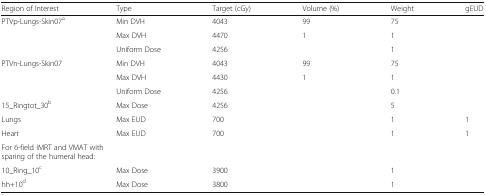
<table><thead><tr><td><b>Region of Interest</b></td><td><b>Type</b></td><td><b>Target (cGy)</b></td><td><b>Volume (%)</b></td><td><b>Weight</b></td><td><b>gEUD</b></td></tr></thead><tbody><tr><td rowspan="3">PTVp-Lungs-Skin07<sup>a</sup></td><td>Min DVH</td><td>4043</td><td>99</td><td>75</td><td></td></tr><tr><td>Max DVH</td><td>4470</td><td>1</td><td>1</td><td></td></tr><tr><td>Uniform Dose</td><td>4256</td><td></td><td>1</td><td></td></tr><tr><td rowspan="3">PTVn-Lungs-Skin07</td><td>Min DVH</td><td>4043</td><td>99</td><td>75</td><td></td></tr><tr><td>Max DVH</td><td>4430</td><td>1</td><td>1</td><td></td></tr><tr><td>Uniform Dose</td><td>4256</td><td></td><td>0.1</td><td></td></tr><tr><td>15_Ringtot_30<sup>b</sup></td><td>Max Dose</td><td>4256</td><td></td><td>5</td><td></td></tr><tr><td>Lungs</td><td>Max EUD</td><td>700</td><td></td><td>1</td><td>1</td></tr><tr><td>Heart</td><td>Max EUD</td><td>700</td><td></td><td>1</td><td>1</td></tr><tr><td colspan="6">For 6-field IMRT and VMAT with sparing of the humeral head:</td></tr><tr><td>10_Ring_10<sup>c</sup></td><td>Max Dose</td><td>3900</td><td></td><td>1</td><td></td></tr><tr><td>hh+10<sup>d</sup></td><td>Max Dose</td><td>3800</td><td></td><td>1</td><td></td></tr></tbody></table>